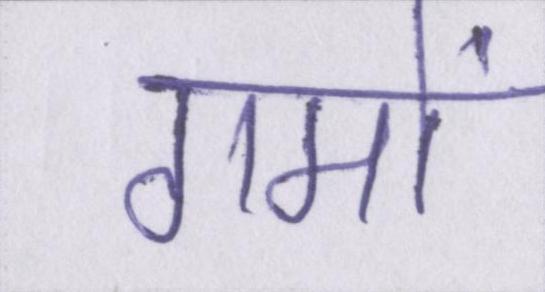
गमों